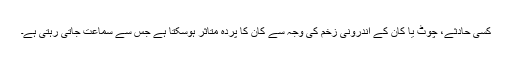
کسی حادثے، چوٹ یا کان کے اندرونی زخم کی وجہ سے کان کا پردہ متاثر ہوسکتا ہے جس سے سماعت جاتی رہتی ہے۔